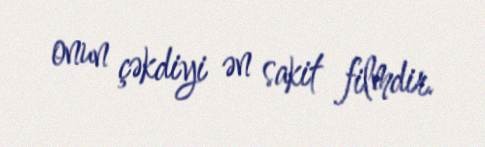
onun çəkdiyi ən sakit filmdir.